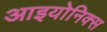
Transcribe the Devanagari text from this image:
आइयोनिक्स